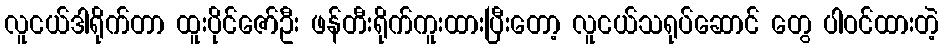
လူငယ်ဒါရိုက်တာ ထူးပိုင်ဇော်ဦး ဖန်တီးရိုက်ကူးထားပြီးတော့ လူငယ်သရုပ်ဆောင် တွေ ပါဝင်ထားတဲ့